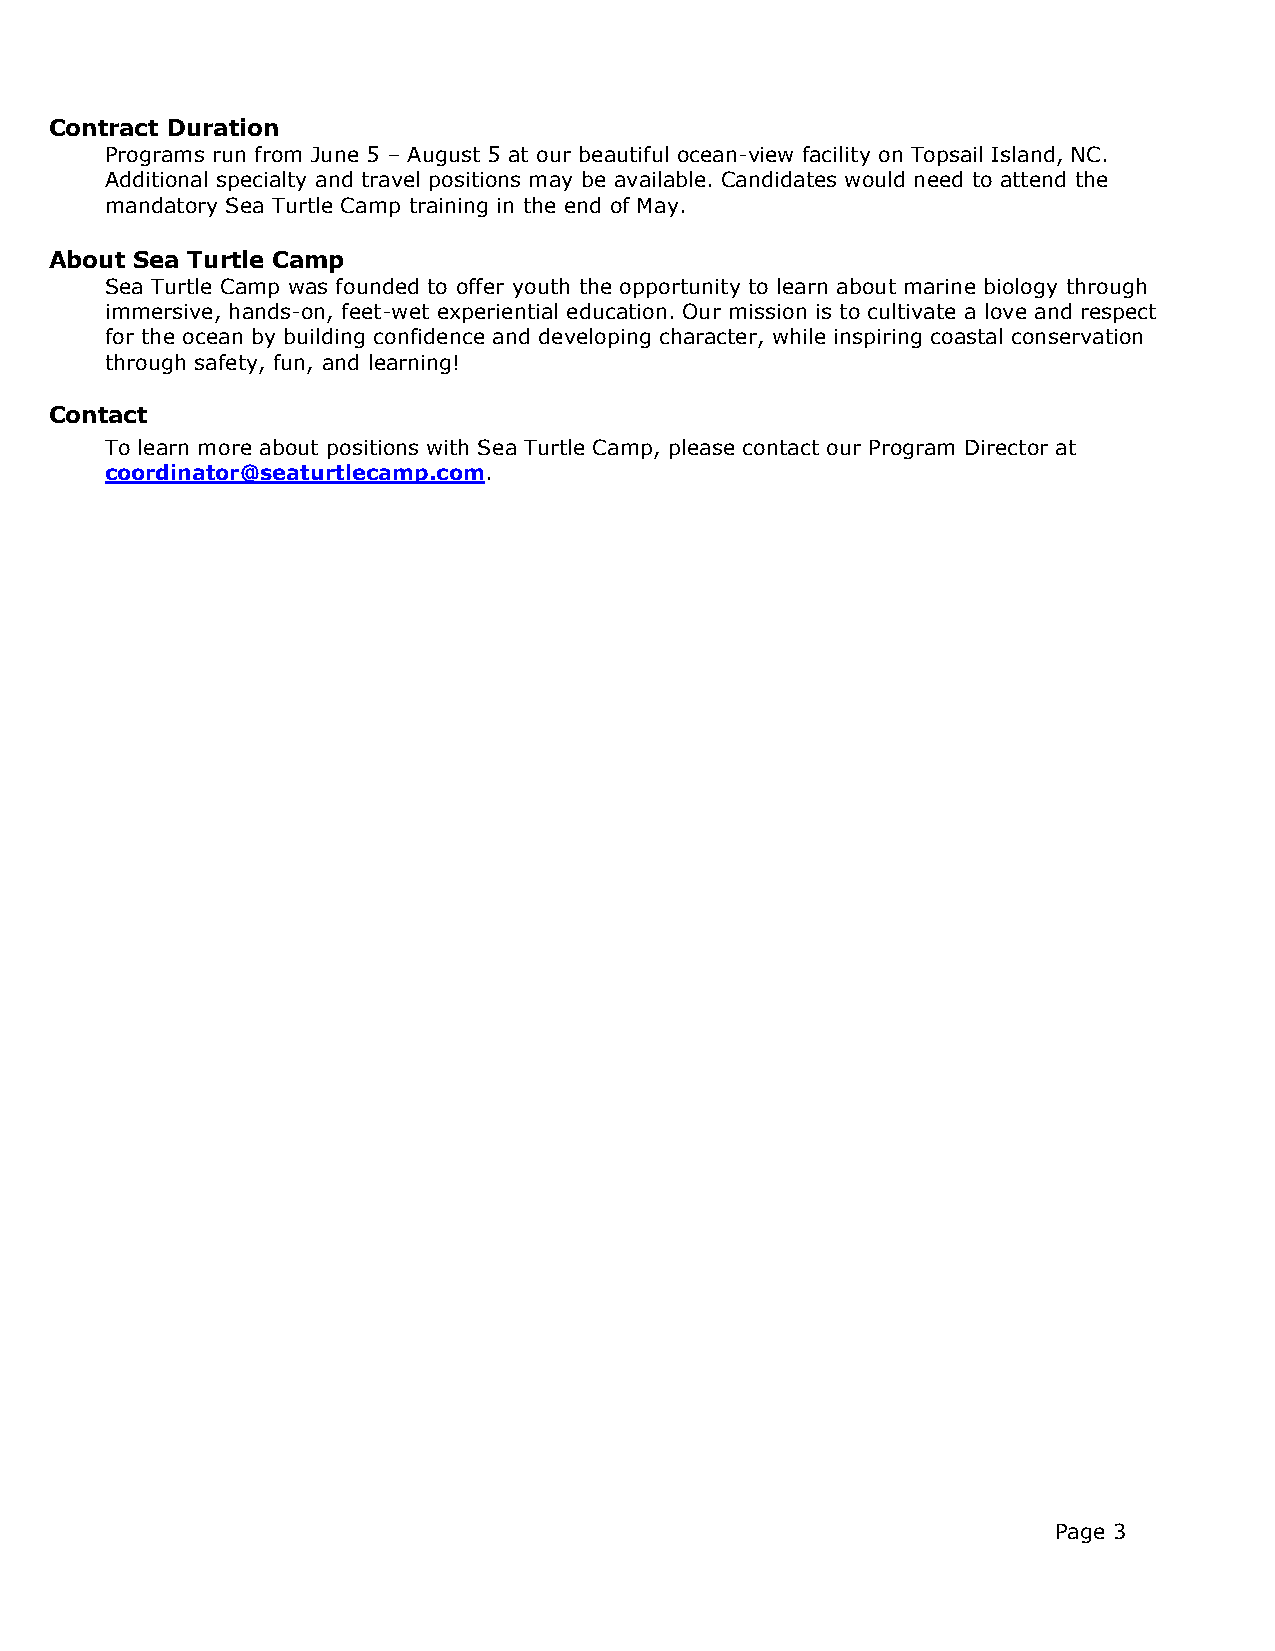
Contract Duration
 Programs run from June 5 – August 5 at our beautiful ocean-view facility on Topsail Island, NC.
 Additional specialty and travel positions may be available. Candidates would need to attend the
 mandatory Sea Turtle Camp training in the end of May.
 About Sea Turtle Camp
 Sea Turtle Camp was founded to offer youth the opportunity to learn about marine biology through
 immersive, hands-on, feet-wet experiential education. Our mission is to cultivate a love and respect
 for the ocean by building confidence and developing character, while inspiring coastal conservation
 through safety, fun, and learning!
 Contact
 To learn more about positions with Sea Turtle Camp, please contact our Program Director at
 coordinator@seaturtlecamp.com.
 Page 3